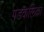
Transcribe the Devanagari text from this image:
गडकलिका